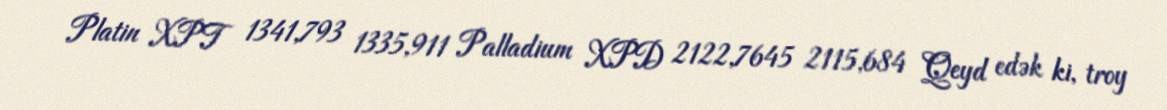
Platin XPT 1341,793 1335,911 Palladium XPD 2122,7645 2115,684 Qeyd edək ki, troy